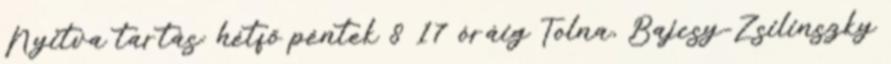
Nyitva tartás: hétfõ péntek 8 17 óráig Tolna, Bajcsy-Zsilinszky